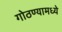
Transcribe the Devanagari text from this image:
गोठण्यामध्ये